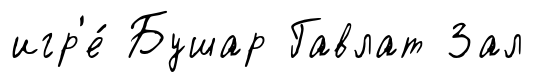
игр'е́ Бушар Гавлат Зал